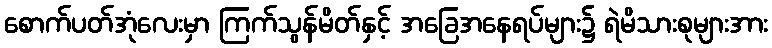
စောက်ပတ်အုံလေးမှာ ကြက်သွန်မိတ်နှင့် အခြေအနေရပ်များ၌ ရဲမိသားစုများအား